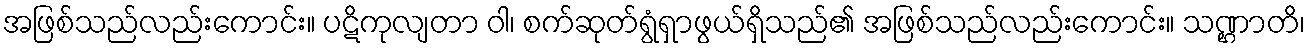
အဖြစ်သည်လည်းကောင်း။ ပဋိကုလျတာ ဝါ၊ စက်ဆုတ်ရွံရှာဖွယ်ရှိသည်၏ အဖြစ်သည်လည်းကောင်း။ သဏ္ဌာတိ၊